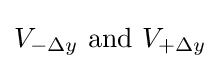
V_{-\Delta y}{\text{ and }}V_{+\Delta y}